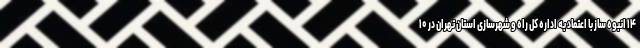
۱۴ انبوه ساز با اعتماد به اداره کل راه و شهرسازی استان تهران در ۱۰